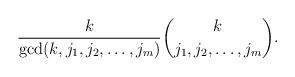
LaTeX: \begin{align*} \frac k{\gcd(k,j_1,j_2,\dots,j_m)} \binom{k}{j_1 , j_2 , \dots , j_m}.\end{align*}